Medical and sanitary report on the native army of Bombay for the year
Year: 1877
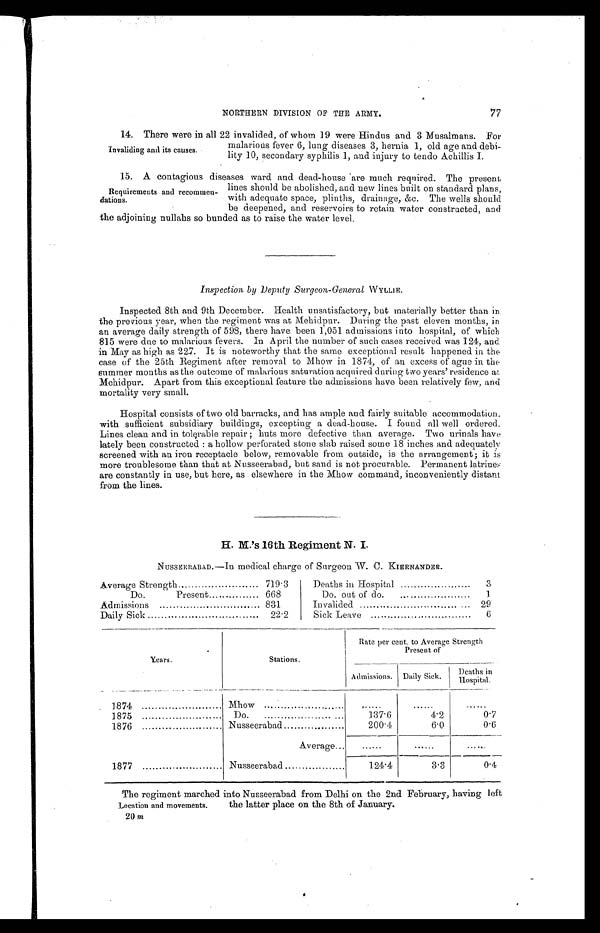
NORTHERN DIVISION OF THE ARMY.
77
Invaliding and its causes.
14. There were in all 22 invalided, of whom 19 were Hindus and 3 Musalmans. For
malarious fever 6, lung diseases 3, hernia 1, old age and debi-
lity 10, secondary syphilis 1, and injury to tendo Achillis I.
Requirements and recommen-
dations.
15. A contagious diseases ward and dead-house are much required. The present
lines should be abolished, and new lines built on standard plans,
with adequate space, plinths, drainage, &c. The wells should
be deepened, and reservoirs to retain water constructed, and
the adjoining nullahs so bunded as to raise the water level.
Inspection, by Deputy Surgeon-General WYLLIE.
Inspected 8th and 9th December. Health unsatisfactory, but materially better than in
the previous year, when the regiment was at Mehidpur. During the past eleven months, in
an average daily strength of 598, there have been 1,051 admissions into hospital, of which
815 were due to malarious fevers. In April the number of such cases received was 124, and
in May as high as 227. It is noteworthy that the same exceptional result happened in the
case of the 25th Regiment after removal to Mhow in 1874, of an excess of ague in the
summer months as the outcome of malarious saturation acquired during two years' residence at
Mehidpur. Apart from this exceptional feature the admissions have been relatively few, and
mortality very small.
Hospital consists of two old barracks, and has ample and fairly suitable accommodation.
with sufficient subsidiary buildings, excepting a dead-house. I found all well ordered.
Lines clean and in tolerable repair ; huts more defective than average. Two urinals have
lately been constructed : a hollow perforated stone slab raised some 18 inches and adequately
screened with an iron receptacle below, removable from outside, is the arrangement; it is
more troublesome than that at Nusseerabad, but sand is not procurable. Permanent latrine:,
are constantly in use, but here, as elsewhere in the Mhow command, inconveniently distant
from the lines.
H. M.'s 16th Regiment N. I.
NUSSEERABAD.—In medical charge of Surgeon W. C. KIERNANDER.
Average Strength
719.3
Deaths in Hospital
3
Do.
Present....
668
Do. out of do.
1
Admissions
831
Invalided
29
Daily Sick
22.2
Sick Leave
6
Years.
Stations.
Rate per cent. to Average Strength
Present of
Admissions. Daily Sick.
Deaths in
Hospital.
1874
Mhow
1875
Do.
137.6
4.2
0.7
1876
Nusseerabad
200.4
6.0
0.6
Average
1877
Nusseerabad
124.4
3.3
0 . 4
Location and movements.
The regiment marched into Nusseerabad from Delhi on the 2nd February, having left
the latter place on the 8th of January.
20 m